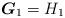
LaTeX: \begin{align*}\boldsymbol{G}_{1}=H_{1} \end{align*}